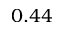
0 . 4 4